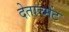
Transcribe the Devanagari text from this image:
देताच्मेंट